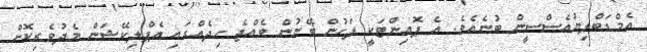
އެމްޑަބްލިޔުއެސްސީން ބުނެއެވެ. އެ ޕޮއިންޓަކީ ފަހުން ބޭނުން ވެއްޖެ ހިދެއްގައި އެޕްލިކޭޝަން މެދުވެރިކޮށް